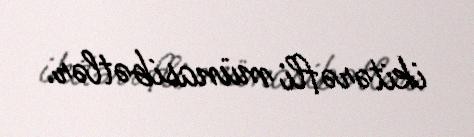
ikitərəfli münasibətlər.